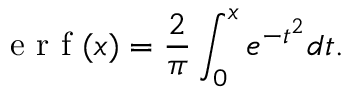
\mathrm { ~ e ~ r ~ f ~ } ( x ) = \frac { 2 } { \pi } \int _ { 0 } ^ { x } e ^ { - t ^ { 2 } } d t .